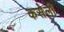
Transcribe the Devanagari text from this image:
कसेली